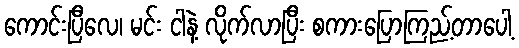
ကောင်းပြီလေ၊ မင်း ငါနဲ့ လိုက်လာပြီး စကားပြောကြည့်တာပေါ့